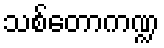
သစ်တောကဏ္ဍ